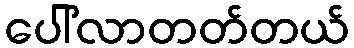
ပေါ်လာတတ်တယ်